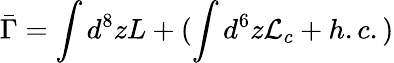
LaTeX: \bar{\Gamma}=\int d^{8}zL+(\int d^{6}z{\cal L}_{c}+h.c.)